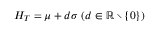
H _ { T } = \mu + d \sigma ~ ( d \in \mathbb { R } \setminus \{ 0 \} )